Veski_algkool, lk 11
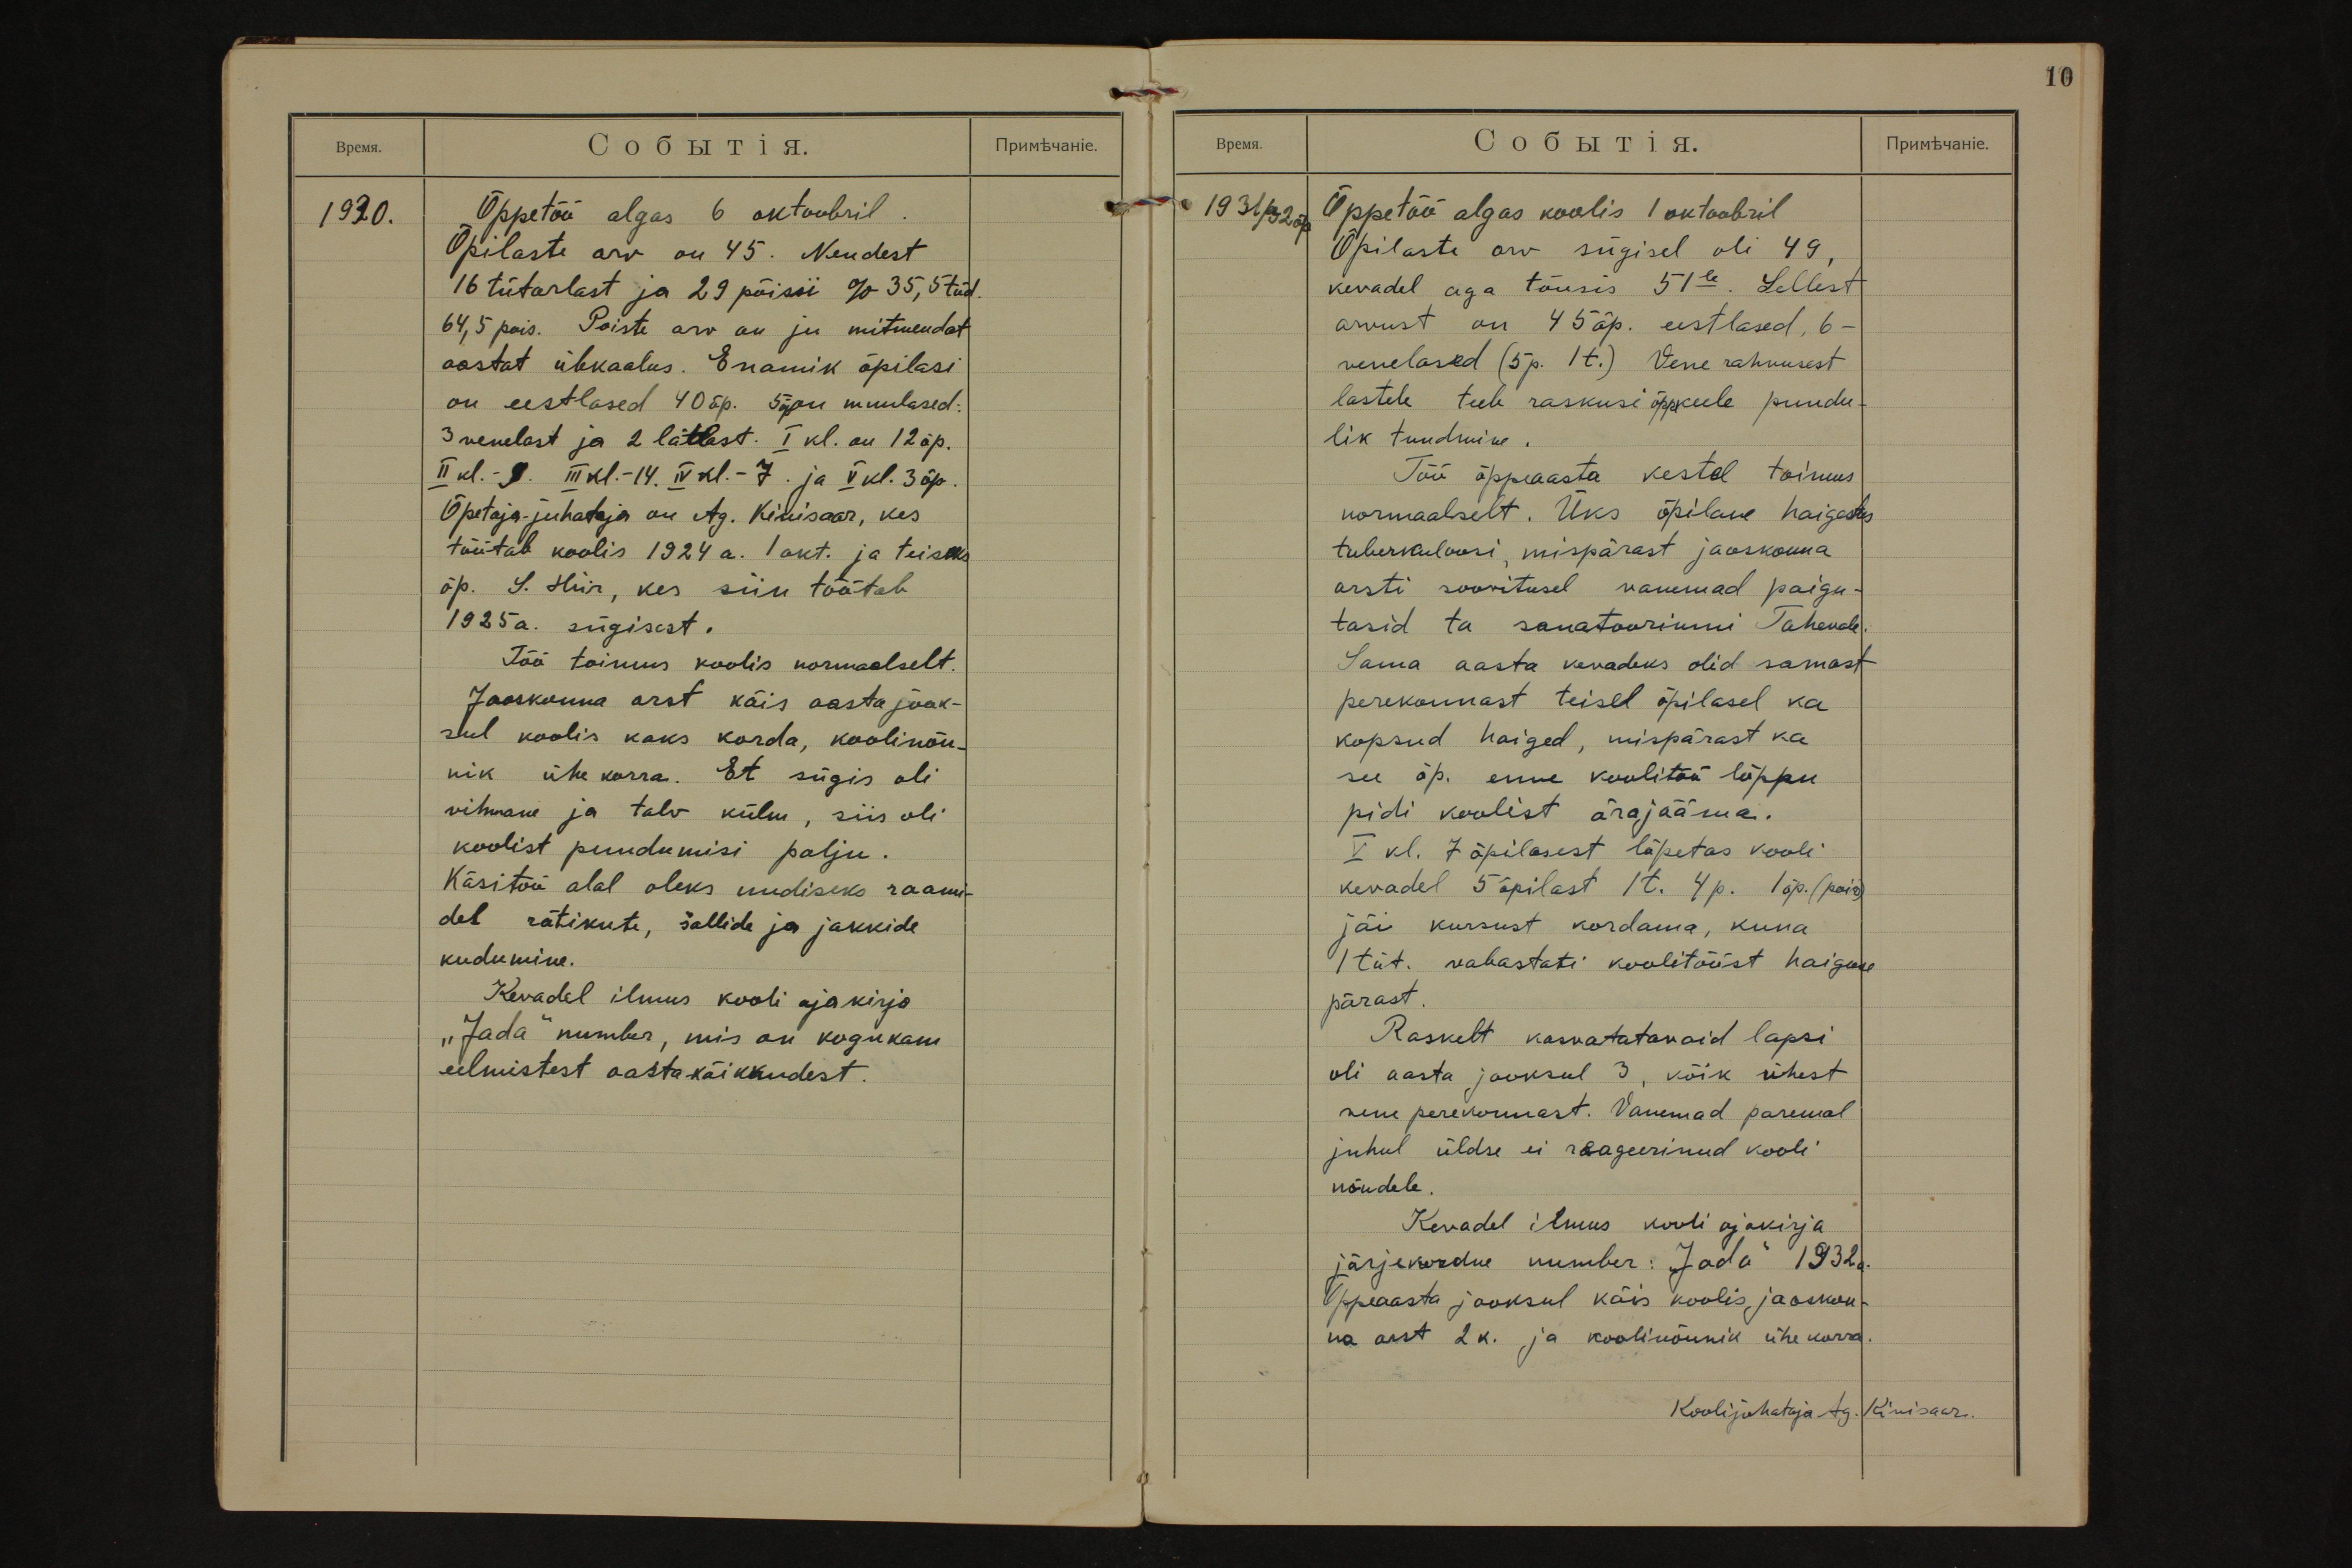
1930.
Õppetöö algas 6 oktoobril.
Õpilaste arv on 45. Nendest
16 tütarlast ja 29 põissi % 35,5 tüd.
64,5 pois. Poiste arv on ju mitmendat
aastat ülekaalus. Enamik õpilasi
on eestlased 40 õp. 5 õp on muulased:
3 venelast ja 2 lätlast. I kl. on 12 õp.
II kl. - 9. III kl.- 14. IV kl. 7. ja V kl. 3 õp.
Õpetaja-juhataja on Ag. Kivisaar, kes
töötab koolis 1924 a. 1 okt. ja teiseks
õp. S. Hiir, kes siin töötab
1925 a. sügisest.
Töö toimus koolis normaalselt.
Jaoskonna arst käis aasta jook-
sul koolis kaks korda, koolinõu-
nik ühe korra. Et sügis oli
vihmane ja talv külm, siis oli
koolist puudumisi palju.
Käsitöö alal oleks uudiseks raami-
del rätikute, šallide ja jakkide
kudumine.
Kevadel ilmus kooli ajakirja
"Jada" number, mis on kogukam
eelmistest aastakäikkudest.

10
1931/32 õp.
Õppetöö algas koolis 1 oktoobril
Õpilaste arv sügisel oli 49,
kevadel aga tõusis 51le. Sellest
arvust on 45 õp. eestlased, 6-
venelased (5p. 1t.) Vene rahvusest
lastele teeb raskusi õppekeele puudu-
lik tundmine.
Töö õppeaasta kestel toimus
normaalselt. Üks õpilane haigestus
tuberkuloosi, mispärast jaoskonna
arsti soovitusel vanemad paigu-
tasid ta sanatooriumi Tahevale.
Sama aasta kevadeks olid samast
perekonnast teisel õpilasel ka
kopsud haiged, mispärast ka
see õp. enne koolitöö lõppu
pidi koolist ärajääma.
V kl. 7 õpilasest lõpetas kooli
kevadel 5 õpilast 1t. 4p. 1õp. (poiss)
jäi kursust kordama, kuna
1 tüt. vabastati koolitööst haiguse
pärast.
Raskelt kasvatatavaid lapsi
oli aasta jooksul 3, kõik ühest
vene perekonnast. Vanemad paremal
juhul üldse ei reageerinud kooli
nõudele.
Kevadel ilmus kooli ajakirja
järjekordne number: "Jada" 1932.a.
Õppeaasta jooksul käis koolis, jaoskon-
na arst 2 k. ja koolinõunik ühe korra.
Koolijuhataja Ag. Kivisaar.